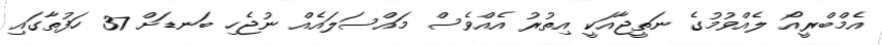
އެމްބްރީއޯ ލެއްވުމުގެ ނަތީޖާއަކީ އިތުރު އެއްވެސް މައްސަލައެއް ނުޖެހި ބަނޑަށް 37 ހަފުތާގައި